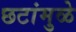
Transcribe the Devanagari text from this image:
छटांमुळे